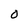
Character: O